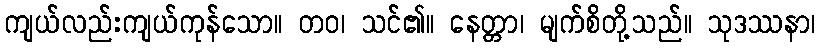
ကျယ်လည်းကျယ်ကုန်သော။ တဝ၊ သင်၏။ နေတ္တာ၊ မျက်စိတို့သည်။ သုဒဿနာ၊